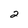
Character: 2